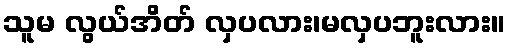
သူမ လွယ်အိတ် လှပလား၊မလှပဘူးလား။